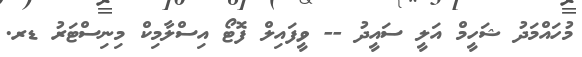
މުހައްމަދު ޝަހީމް އަލީ ސައީދު -- ވީފައިލް ފޮޓޯ އިސްލާމިކް މިނިސްޓަރު ޑރ.